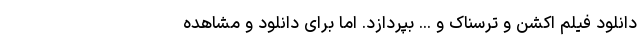
دانلود فیلم اکشن و ترسناک و ... بپردازد. اما برای دانلود و مشاهده